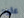
عليه